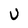
Character: U